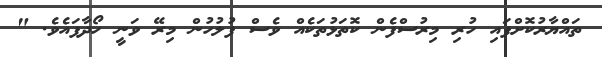
ތައްޔާރުކޮށްފައި ހުރި މިރުސްފެން ކޮތަޅުތަކެއް ވެސް ފުލުހުން މިރޭ ވަނީ ހޯދާފައެވެ. "